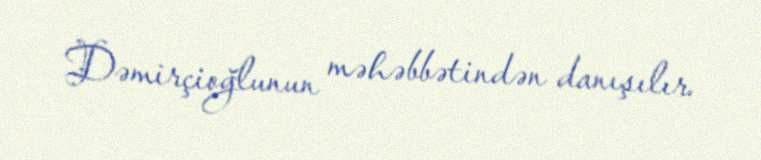
Dəmirçioğlunun məhəbbətindən danışılır.